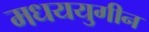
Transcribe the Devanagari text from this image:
मधययुगीन